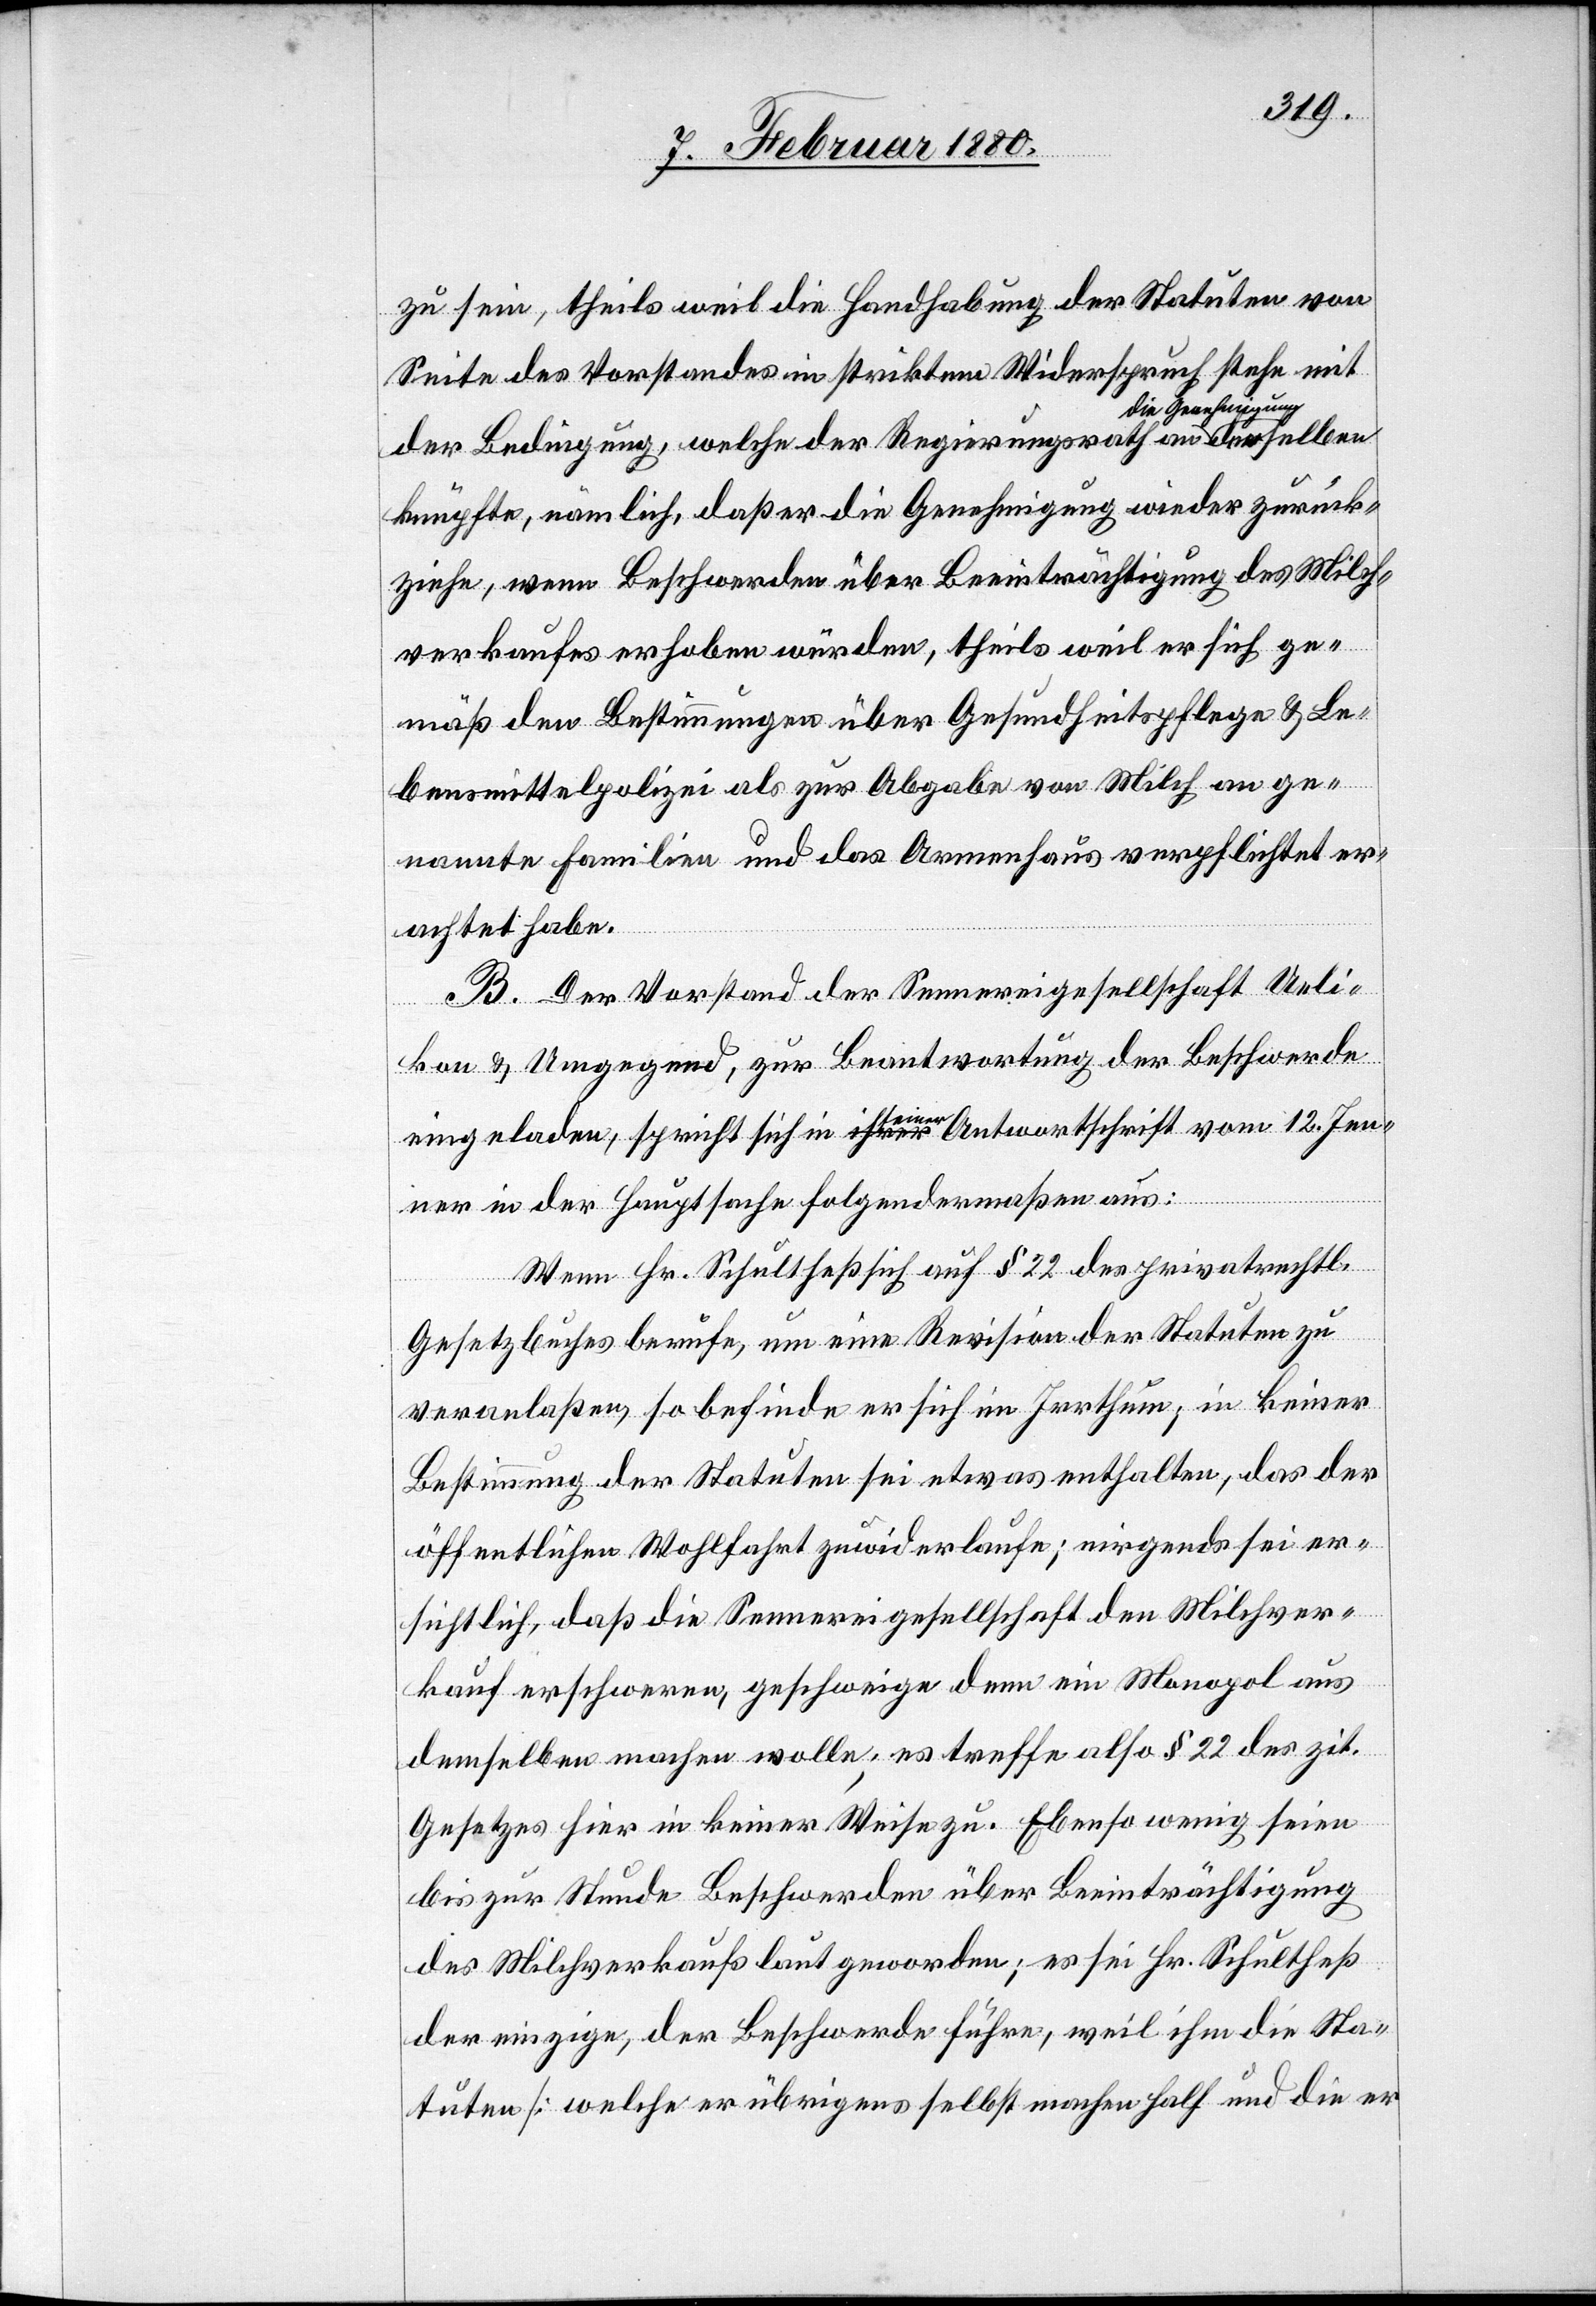
zu sein, theils weil die Handhabung der Statuten von
Seite des Vorstandes in striktem Widerspruch stehe mit
der Bedingung, welche der Regierungsrath an die Gene¬
knüpfte, nämlich, daß er die Genehmigung wieder zurück¬
ziehe, wenn Beschwerden über Beeinträchtigung des Milch¬
verkaufes erhoben würden, theils weil er sich ge¬
mäß den Bestimmungen über Gesundheitspflege & Le¬
bensmittelpolizei als zur Abgabe von Milch an ge¬
nannte Familien und das Armenhaus verpflichtet er¬
achtet habe.
B. Der Vorstand der Sennereigesellschaft Ueli¬
kon & Umgegend, zur Beantwortung der Beschwerde
eingeladen, spricht sich in seiner Antwortschrift vom 12. Jen¬
gung
ner in der Hauptsache folgendermaßen aus:
Wenn Hr. Schultheß sich auf § 22 des privatrechtl.
Gesetzbuches berufe, um eine Revision der Statuten zu
veranlaßen, so befinde er sich im Irrthum, in keiner
Bestimmung der Statuten sei etwas enthalten, das der
öffentlichen Wohlfahrt zuwiderlaufe; nirgends sei er¬
sichtlich, daß die Sennereigesellschaft den Milchver¬
kauf erschweren, geschweige denn ein Monopol aus
demselben machen wolle; es treffe als § 22 des zit.
Gesetzes hier in keiner Weise zu. Ebenso wenig seien
bis zur Stunde Beschwerden über Beeinträchtigung
des Milchverkaufs laut geworden; es sei Hr. Schultheß
der einzige, der Beschwerde führe, weil ihm die Sta¬
tuten [welche er übrigens selbst machen half und die er